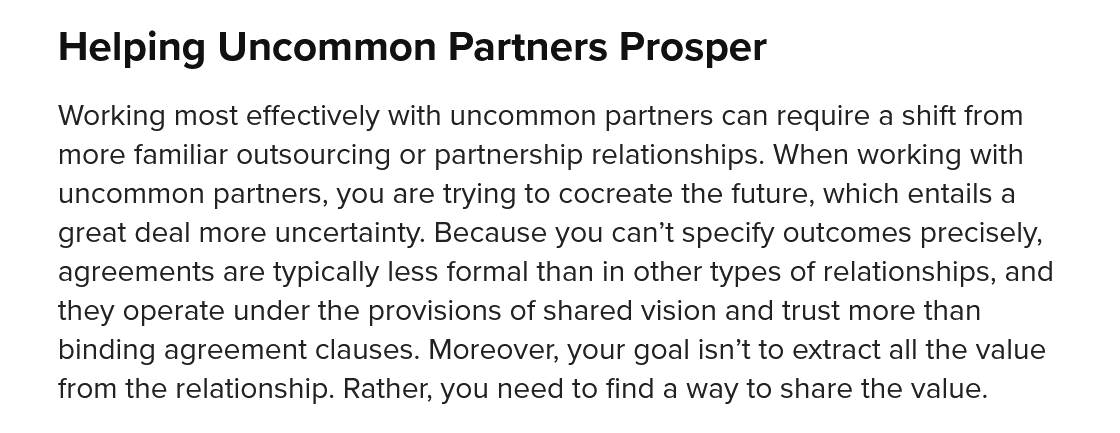
Helping   Uncommon    Partners    Prosper
    Working most effectively with uncommon partners can require a shift from
     more familiar outsourcing or partnership relationships. When working with
     uncommon partners, you are trying to cocreate the future, which entails a
    great deal more uncertainty. Because you can’t specify outcomes precisely,
    agreements are typically less formal than in other types of relationships, and
    they operate under the provisions of shared vision and trust more than
     binding agreement clauses. Moreover, your goal isn’t to extract all the value
    from the relationship. Rather, you need to find a way to share the value.